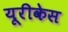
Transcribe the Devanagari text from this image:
यूरीकेस